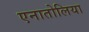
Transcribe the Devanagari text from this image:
एनातोलिया